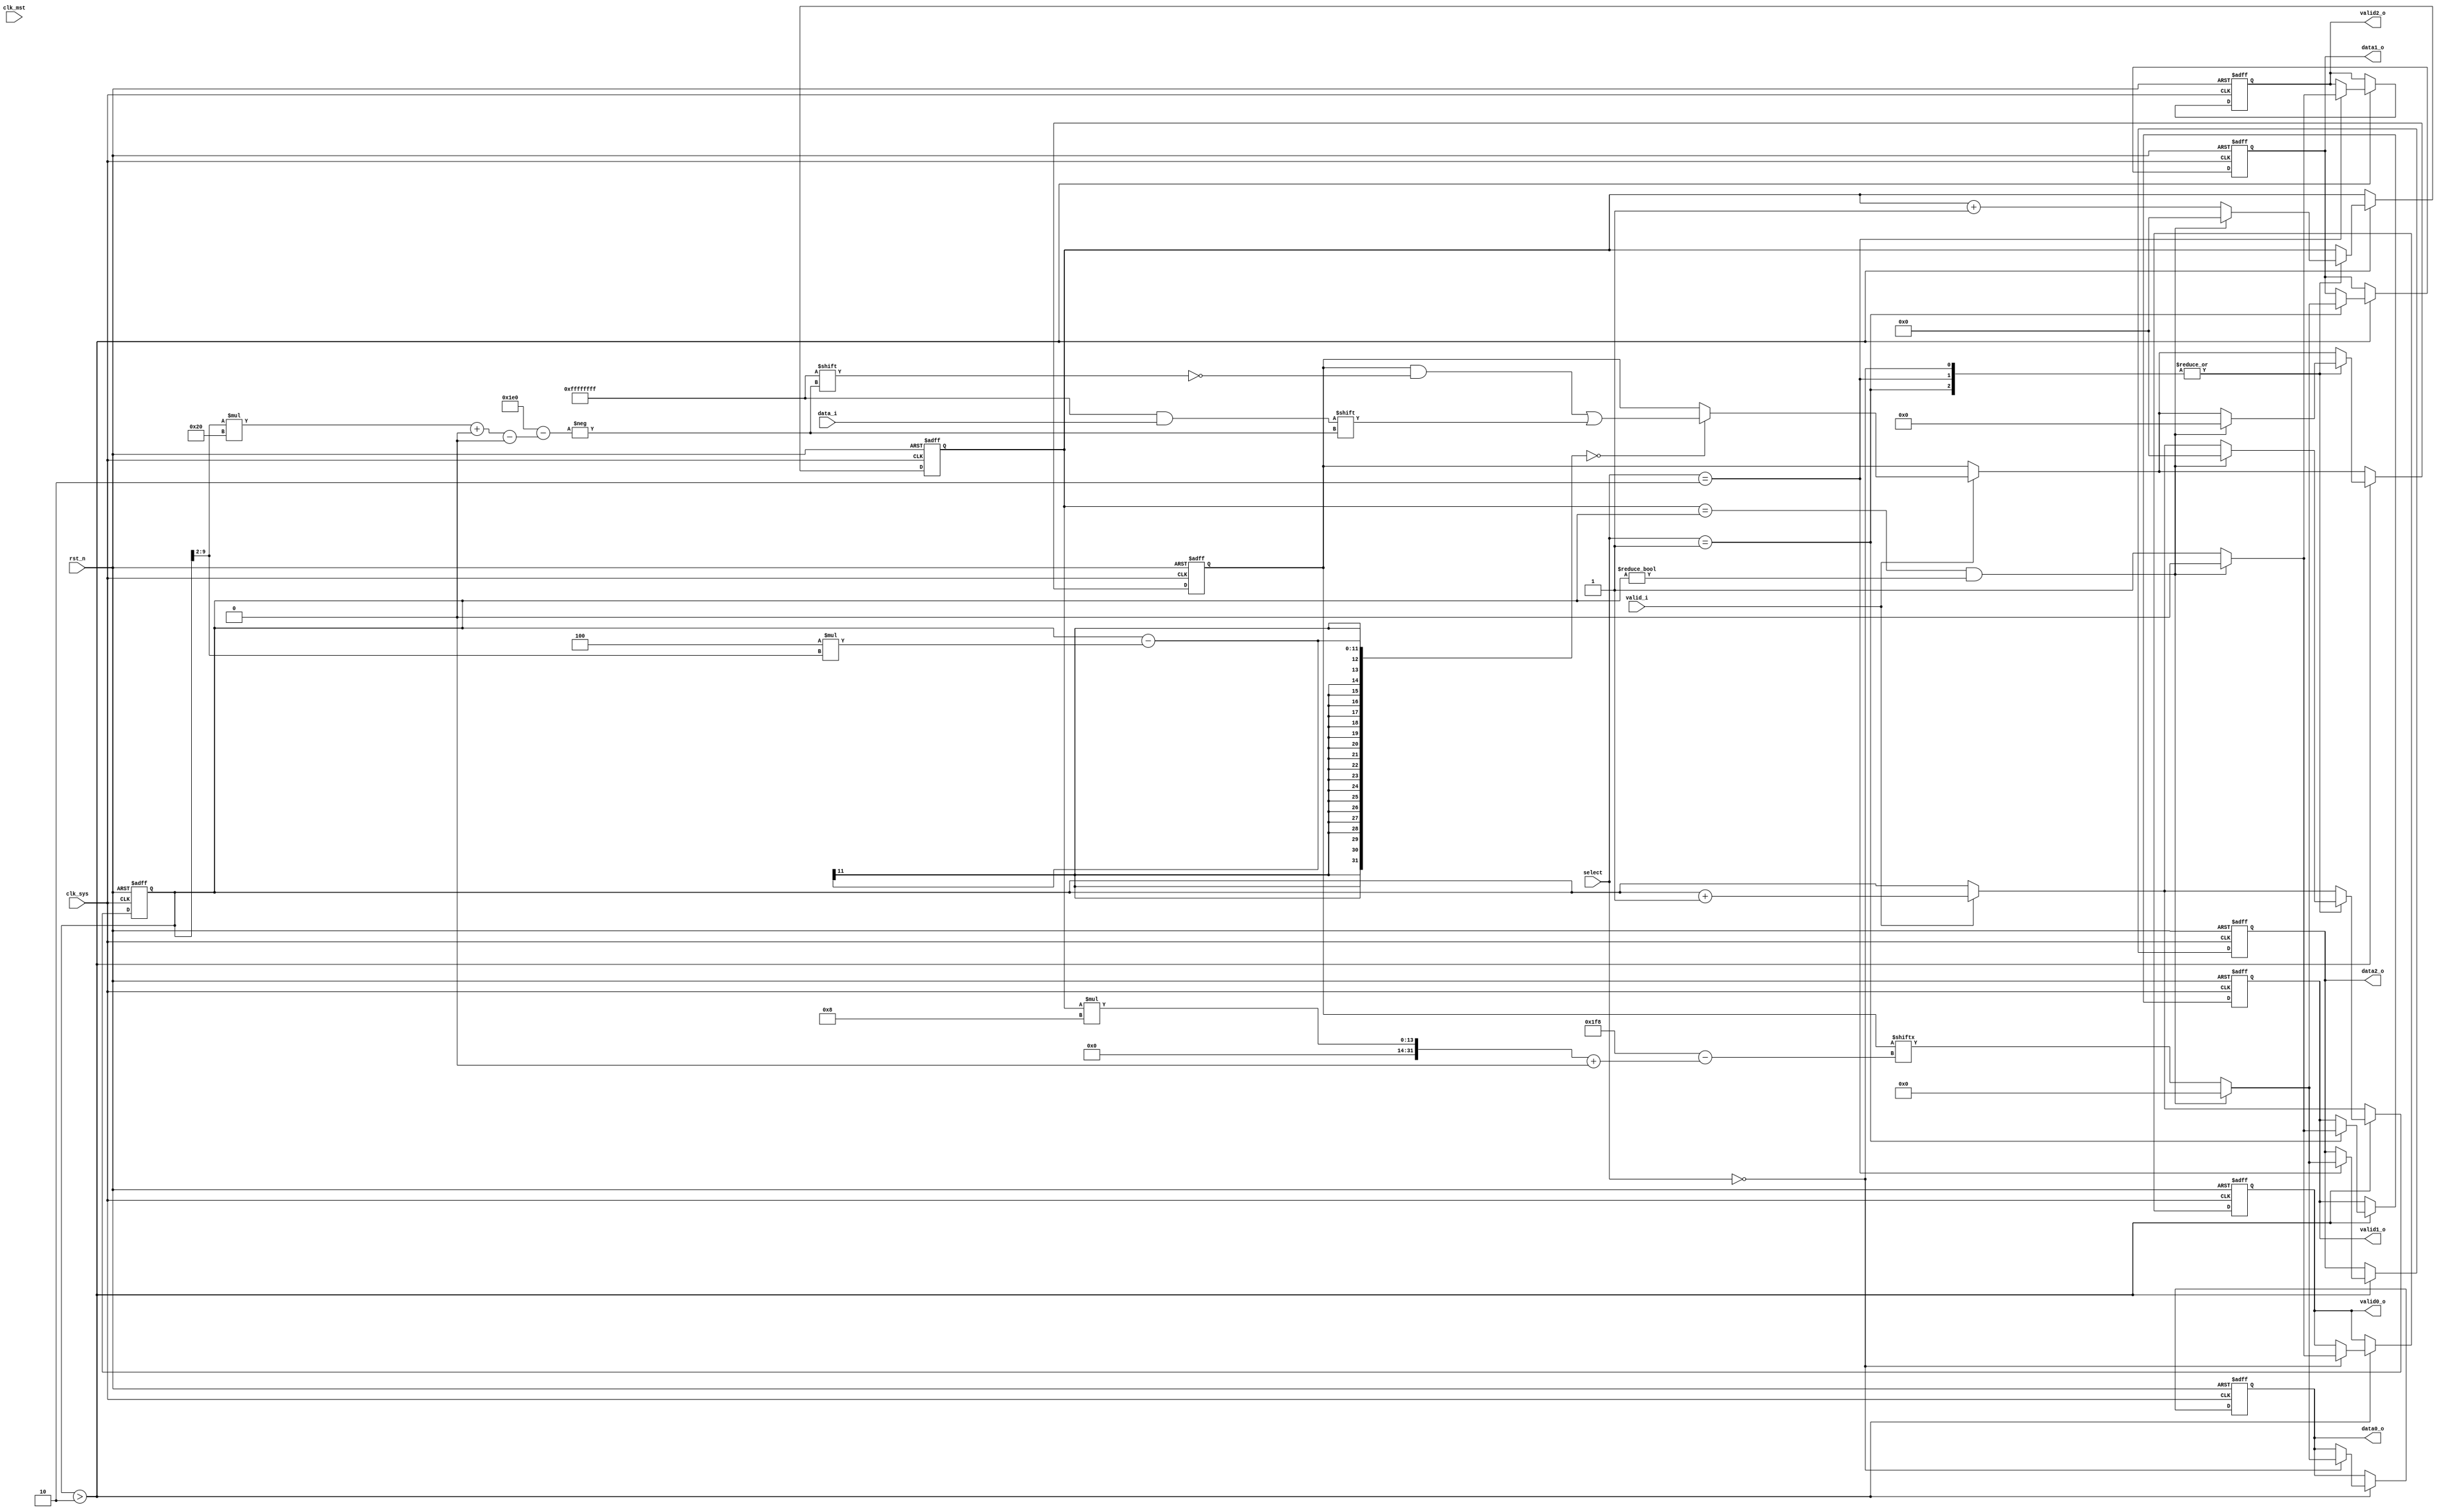
`timescale 1ns / 1ps
//////////////////////////////////////////////////////////////////////////////////
// Company: 
// Engineer: 
// 
// Design Name: 
// Module Name:    demux 
// Project Name: 
// Target Devices: 
// Tool versions: 
// Description: 
//
// Dependencies: 
//
// Revision: 
// Revision 0.01 - File Created
// Additional Comments: 
//
//////////////////////////////////////////////////////////////////////////////////

module demux #(
		parameter MST_DWIDTH = 32,
		parameter SYS_DWIDTH = 8
	)(
		// Clock and reset interface
		input clk_sys,
		input clk_mst,
		input rst_n,
		
		//Select interface
		input[15:0] select,
		
		// Input interface
		input [MST_DWIDTH -1  : 0]	 data_i,
		input 						 	 valid_i,
		
		//output interfaces
		output reg [SYS_DWIDTH - 1 : 0] 	data0_o,
		output reg     						valid0_o,
		
		output reg [SYS_DWIDTH - 1 : 0] 	data1_o,
		output reg     						valid1_o,
		
		output reg [SYS_DWIDTH - 1 : 0] 	data2_o,
		output reg     						valid2_o
    );
		reg [SYS_DWIDTH+1:0] i,j;
		reg [0:(MST_DWIDTH*SYS_DWIDTH*2)-1] data;
		
	// TODO: Implement DEMUX logic
	always @( negedge rst_n, posedge clk_sys) begin
	
		// initializarea registrilor si iesirilor
		if(!rst_n) begin
			data0_o <= 0;
			valid0_o <= 0;
			data1_o <= 0;
			valid1_o <= 0;
			data2_o <= 0;
			valid2_o <= 0;
			data <= 0;
			i <= 0;
			j <= 0;
		end
		else if(clk_sys) begin
			
			if(valid_i) begin
			// popularea registrului cu date pe 32 de biti cand se ajunge pe clk_mst, adica la 4 cicli clk_sys
				if(i-(4*(i>>2)) == 0)
					data[(i>>2)*MST_DWIDTH +: MST_DWIDTH] <= data_i;
				i <= i+1;
			end
			// daca s-a produs popularea registrului cu cel putin o intrare, se incepe citirea
			if( i>2 ) begin
					// rutarea iesirii in functie de cheie		
					case(select)
						'h00:begin			
							valid0_o <= 1;
							// atribuirea pe iesire caracter cu caracter a datelor din registru
							data0_o <= data[j*SYS_DWIDTH +: SYS_DWIDTH];
							j <= j+1;
							
							// resetarea registrilor si iesirilor
							if(j == i && i != 0) begin
								valid0_o <= 0;
								data0_o <=0;
								i <= 0;
								j <= 0;
								data <= 0;
							end
					
						end
						'h01:begin
						
							valid1_o <= 1;
							data1_o <= data[j*SYS_DWIDTH +: SYS_DWIDTH];
							j <= j+1;
							
							if(j == i && i != 0) begin
								valid1_o <= 0;
								i <= 0;
								j <= 0;
								data1_o <=0;
								data <= 0;
							end
						end
						'h02:begin
						
							valid2_o <= 1;
							data2_o <= data[j*SYS_DWIDTH +: SYS_DWIDTH];
							j <= j+1;
							
							if(j == i && i != 0) begin
								valid2_o <= 0;
								i <= 0;
								j <= 0;
								data2_o <=0;
								data<= 0;
							end
						end
					endcase
			end
		end
	end

endmodule